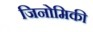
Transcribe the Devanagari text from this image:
जिनोमिकी